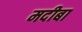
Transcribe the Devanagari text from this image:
मदीबा